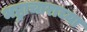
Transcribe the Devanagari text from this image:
भष्ट्राचाराच्या